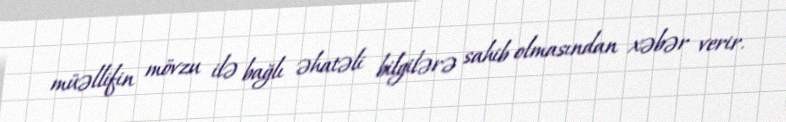
müəllifin mövzu ilə bağlı əhatəli bilgilərə sahib olmasından xəbər verir.